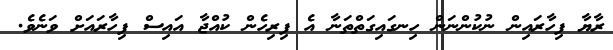
ރާޔާ ފިހާރައިން ނުކުންނަން ހިނގައިގަތްތަނާ އެ ފިރިހެން ކުއްޖާ އައިސް ފިހާރައަށް ވަނެވެ.